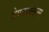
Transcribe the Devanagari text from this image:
वेण्डाव्लेल्स